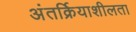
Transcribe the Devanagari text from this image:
अंतर्क्रियाशीलता